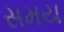
સમય